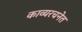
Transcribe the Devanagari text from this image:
काव्यरचनेत